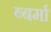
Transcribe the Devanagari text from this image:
ब्बर्मा